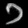
Digit: ၁